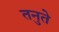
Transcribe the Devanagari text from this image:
तनुते